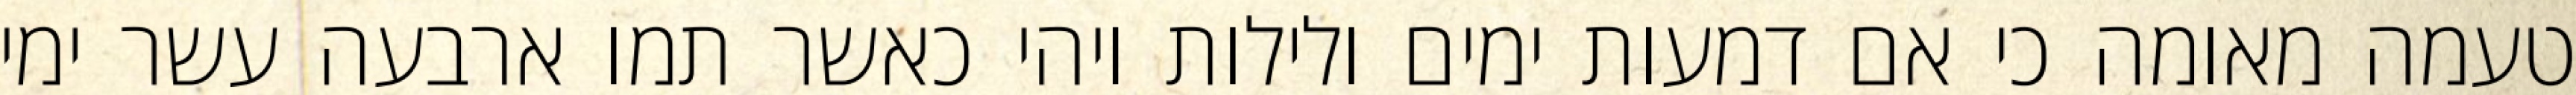
טעמה מאומה כי אם דמעות ימים ולילות ויהי כאשר תמו ארבעה עשר ימי